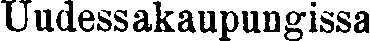
Uudessakaupungissa